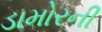
ડામોરની